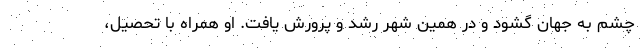
چشم به جهان گشود و در همین شهر رشد و پرورش یافت. او همراه با تحصیل،